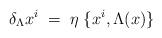
LaTeX: \begin{align*}\delta_\Lambda x^i \;=\; \eta \; \{ x^i , \Lambda(x)\}\end{align*}